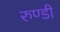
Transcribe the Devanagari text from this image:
रुण्डी